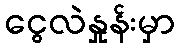
ငွေလဲနှုန်းမှာ